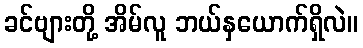
ခင်ဗျားတို့ အိမ်လူ ဘယ်နှယောက်ရှိလဲ။